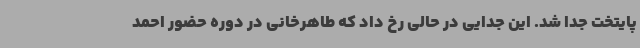
پایتخت جدا شد. این جدایی در حالی رخ داد که طاهرخانی در دوره حضور احمد